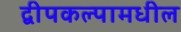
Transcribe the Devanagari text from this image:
द्वीपकल्पामधील